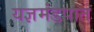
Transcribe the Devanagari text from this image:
यज्ञमंडपात